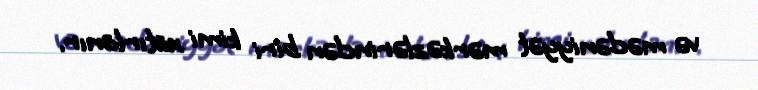
və mədəniyyət mərkəzlərindən biri kimi xatırlanır.